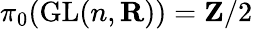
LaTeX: \pi_{0}(\operatorname{GL}(n,\mathbf{R}))=\mathbf{Z}/2